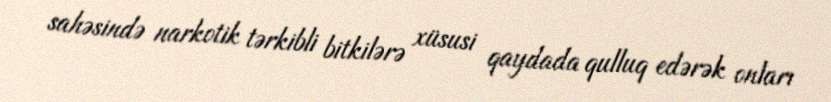
sahəsində narkotik tərkibli bitkilərə xüsusi qaydada qulluq edərək onları